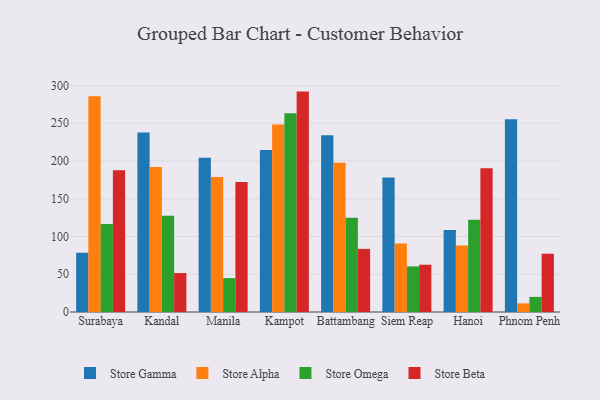
{"axis": {"x": "City", "y": "Customer Acquisition Cost (USD)"}, "legend": ["Store Alpha", "Store Beta", "Store Gamma", "Store Omega"], "data": [{"x": "Surabaya", "y": 78.5, "type": "Store Gamma"}, {"x": "Surabaya", "y": 285.9, "type": "Store Alpha"}, {"x": "Surabaya", "y": 116.5, "type": "Store Omega"}, {"x": "Surabaya", "y": 187.9, "type": "Store Beta"}, {"x": "Kandal", "y": 237.8, "type": "Store Gamma"}, {"x": "Kandal", "y": 191.9, "type": "Store Alpha"}, {"x": "Kandal", "y": 127.6, "type": "Store Omega"}, {"x": "Kandal", "y": 51.6, "type": "Store Beta"}, {"x": "Manila", "y": 204.3, "type": "Store Gamma"}, {"x": "Manila", "y": 178.9, "type": "Store Alpha"}, {"x": "Manila", "y": 44.9, "type": "Store Omega"}, {"x": "Manila", "y": 172.2, "type": "Store Beta"}, {"x": "Kampot", "y": 214.5, "type": "Store Gamma"}, {"x": "Kampot", "y": 248.4, "type": "Store Alpha"}, {"x": "Kampot", "y": 263.1, "type": "Store Omega"}, {"x": "Kampot", "y": 291.9, "type": "Store Beta"}, {"x": "Battambang", "y": 234.2, "type": "Store Gamma"}, {"x": "Battambang", "y": 197.7, "type": "Store Alpha"}, {"x": "Battambang", "y": 124.9, "type": "Store Omega"}, {"x": "Battambang", "y": 83.6, "type": "Store Beta"}, {"x": "Siem Reap", "y": 178.1, "type": "Store Gamma"}, {"x": "Siem Reap", "y": 90.6, "type": "Store Alpha"}, {"x": "Siem Reap", "y": 60.4, "type": "Store Omega"}, {"x": "Siem Reap", "y": 62.6, "type": "Store Beta"}, {"x": "Hanoi", "y": 108.6, "type": "Store Gamma"}, {"x": "Hanoi", "y": 88.0, "type": "Store Alpha"}, {"x": "Hanoi", "y": 122.3, "type": "Store Omega"}, {"x": "Hanoi", "y": 190.4, "type": "Store Beta"}, {"x": "Phnom Penh", "y": 255.2, "type": "Store Gamma"}, {"x": "Phnom Penh", "y": 11.4, "type": "Store Alpha"}, {"x": "Phnom Penh", "y": 20.0, "type": "Store Omega"}, {"x": "Phnom Penh", "y": 77.2, "type": "Store Beta"}]}